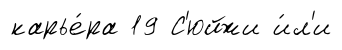
карье́ра 19 С'юйжи и́л'и